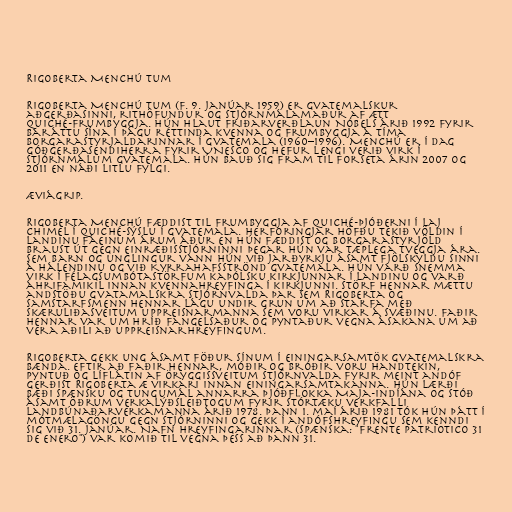
Rigoberta Menchú Tum

Rigoberta Menchú Tum (f. 9. janúar 1959) er gvatemalskur
aðgerðasinni, rithöfundur og stjórnmálamaður af ætt
Quiché-frumbyggja. Hún hlaut friðarverðlaun Nóbels árið 1992 fyrir
baráttu sína í þágu réttinda kvenna og frumbyggja á tíma
borgarastyrjaldarinnar í Gvatemala (1960–1996). Menchú er í dag
góðgerðasendiherra fyrir UNESCO og hefur lengi verið virk í
stjórnmálum Gvatemala. Hún bauð sig fram til forseta árin 2007 og
2011 en náði litlu fylgi.

Æviágrip.

Rigoberta Menchú fæddist til frumbyggja af Quiché-þjóðerni í Laj
Chimel í Quiché-sýslu í Gvatemala. Herforingjar höfðu tekið völdin í
landinu fáeinum árum áður en hún fæddist og borgarastyrjöld
braust út gegn einræðisstjórninni þegar hún var tæplega tveggja ára.
Sem barn og unglingur vann hún við jarðyrkju ásamt fjölskyldu sinni
á hálendinu og við Kyrrahafsströnd Gvatemala. Hún varð snemma
virk í félagsumbótastörfum kaþólsku kirkjunnar í landinu og varð
áhrifamikil innan kvennahreyfinga í kirkjunni. Störf hennar mættu
andstöðu gvatamalskra stjórnvalda þar sem Rigoberta og
samstarfsmenn hennar lágu undir grun um að starfa með
skæruliðasveitum uppreisnarmanna sem voru virkar á svæðinu. Faðir
hennar var um hríð fangelsaður og pyntaður vegna ásakana um að
vera aðili að uppreisnarhreyfingum.

Rigoberta gekk ung ásamt föður sínum í einingarsamtök gvatemalskra
bænda. Eftir að faðir hennar, móðir og bróðir voru handtekin,
pyntuð og líflátin af öryggissveitum stjórnvalda fyrir meint andóf
gerðist Rigoberta æ virkari innan einingarsamtakanna. Hún lærði
bæði spænsku og tungumál annarra þjóðflokka Maja-indíána og stóð
ásamt öðrum verkalýðsleiðtogum fyrir stórtæku verkfalli
landbúnaðarverkamanna árið 1978. Þann 1. maí árið 1981 tók hún þátt í
mótmælagöngu gegn stjórninni og gekk í andófshreyfingu sem kenndi
sig við 31. janúar. Nafn hreyfingarinnar (spænska: "Frente patriotico 31
de enero") var komið til vegna þess að þann 31.